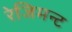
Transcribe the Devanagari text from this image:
रेजिमन्ट